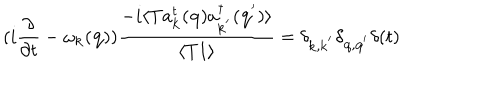
LaTeX: ( i \frac { \partial } { \partial t } - \omega _ { { \bf { k } } } ( { \bf { q } } ) ) \frac { - i \langle T a _ { { \bf { k } } } ^ { t } ( { \bf { q } } ) a _ { { \bf { k } } ^ { ' } } ^ { \dagger } ( { \bf { q } } ^ { ' } ) \rangle } { \langle T 1 \rangle } = \delta _ { { \bf { k } } , { \bf { k } } ^ { ' } } \delta _ { { \bf { q } } , { \bf { q } } ^ { ' } } \delta ( t )